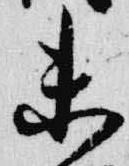
未